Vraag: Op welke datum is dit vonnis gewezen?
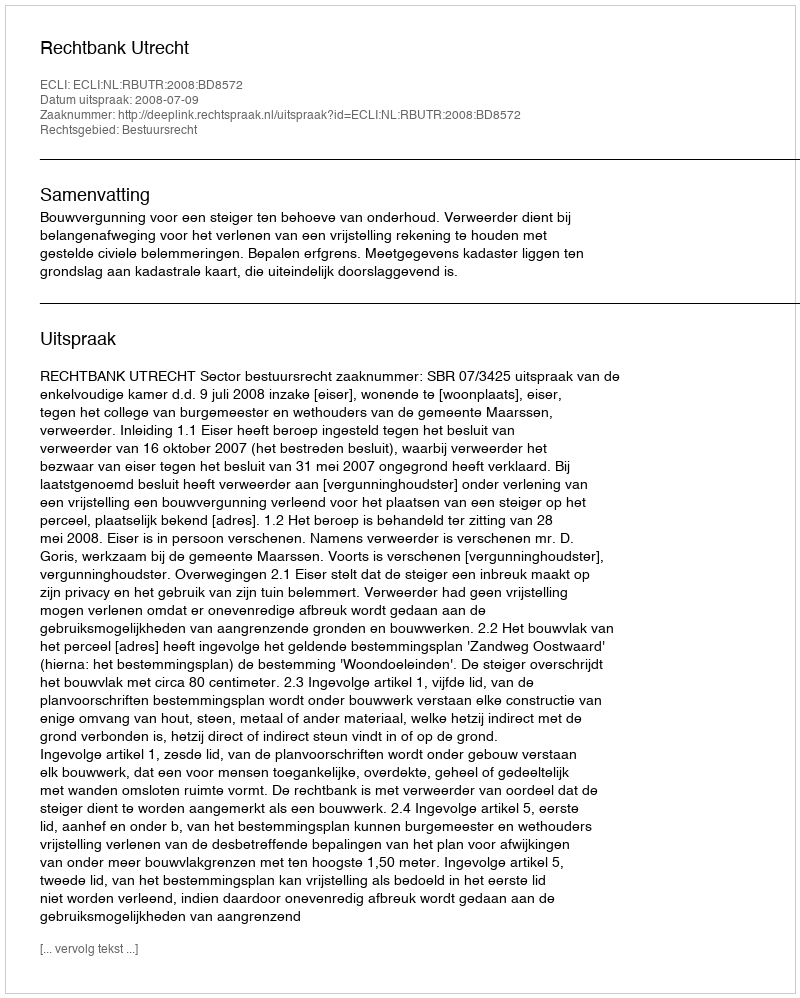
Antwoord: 2008-07-09